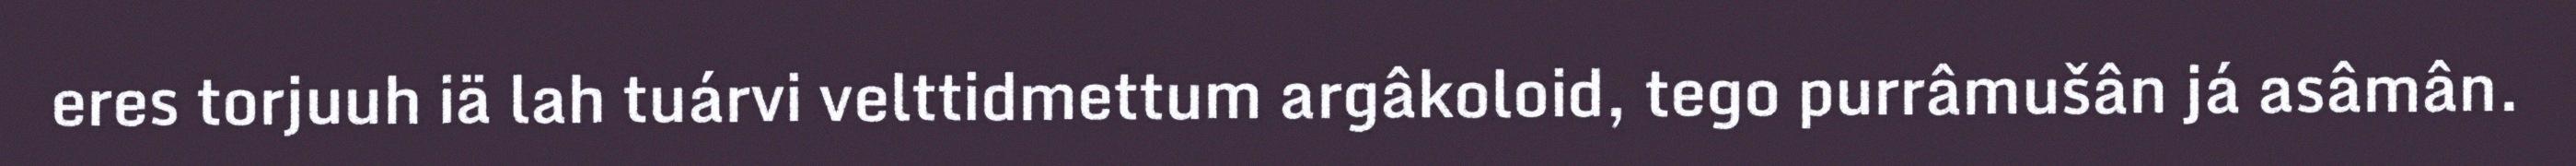
eres torjuuh iä lah tuárvi velttidmettum argâkoloid, tego purrâmušân já asâmân.